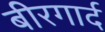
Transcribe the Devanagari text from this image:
बीरगार्द